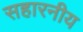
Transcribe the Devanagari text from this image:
सहारनीय